Medical and sanitary report of the native army of Bengal for the year
Year: 1874
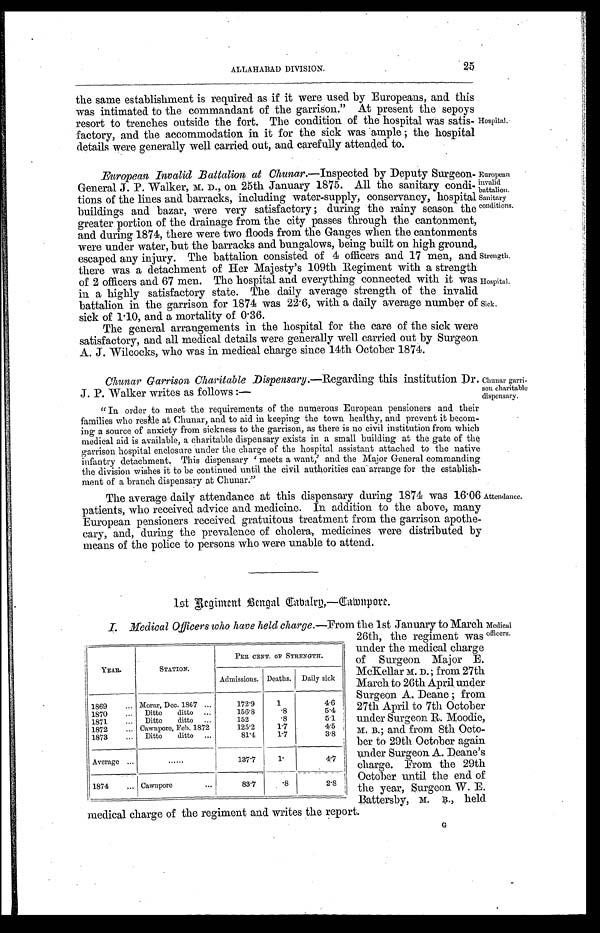
Strength.
Hospital.
Sick.
ALLAHABAD DIVISION.
25
the same establishment is required as if it were used by Europeans, and this
was intimated to the commandant of the garrison. "At present the sepoys
resort to trenches outside the fort. The condition of the hospital was satis
-
factory, and the accommodation in it for the sick was ample ; the hospital
details were generally well carried out, and carefully attended to.
Hospital.
European Invalid Battalion at Chunar.—Inspected by Deputy Surgeon
-
General J. P. Walker, M. D., on 25th January 1875. All the sanitary condi
-
tions of the lines and barracks, including water-supply, conservancy, hospital
buildings and bazar, were very satisfactory ; during the rainy season the
greater portion of the drainage from the city passes through the cantonment,
and during 1874, there were two floods from the Ganges when the cantonments
were under water, but the barracks and bungalows, being built on high ground,
escaped any injury. The battalion consisted of 4 officers and 17 men, and
there was a detachment of Her Majesty's 109th Regiment with a strength
of 2 officers and 67 men. The hospital and everything connected with it was
in a highly satisfactory state. The daily average strength of the invalid
battalion in the garrison for 1874 was 22.6, with a daily average number of
sick of 1.10, and a mortality of 0.36.
The general arrangements in the hospital for the care of the sick were
satisfactory, and all medical details were generally well carried out by Surgeon
A. J. Wilcocks, who was in medical charge since 14th October 1874.
European
invalid
battalion.
Sanitary
conditions.
Chunar Garrison Charitable Dispensary.— Regarding this institution Dr.
J. P. Walker writes as follows :—
"In order to meet the requirements of the numerous European pensioners and their
families who reside at Chunar, and to aid in keeping the town healthy, and prevent it becom
-
ing a source of anxiety from sickness to the garrison, as there is no civil institution from which
medical aid is available, a charitable dispensary exists in a small building at the gate of the
garrison hospital enclosure under the charge of' the hospital assistant attached to the native
infantry detachment. This dispensary 'meets a want,' and the Major General commanding
the division wishes it to be continued until the civil authorities can arrange for the establish
-
ment of a branch dispensary at Chunar."
The average daily attendance at this dispensary during 1874 was 16.06
patients, who received advice and medicine. In addition to the above, many
European pensioners received gratuitous treatment from the garrison apothe
-
cary, and, during the prevalence of cholera, medicines were distributed by
means of the police to persons who were unable to attend.
Chunar garri
- s o n c h a r i t a b l e
dispensary.
Attendance.
1st Regiment Bengal Cabalry—Cawnpore.
I. Medical Officers who have held charge.— From the 1st January to March
26th, the regiment was
under the medical charge
of Surgeon Major E.
McKellar M. D.; from 27th
March to 26th April, under
Surgeon A. Deane ; from
27th April to 7th October
under Surgeon R. Moodie,
M. B.; and from 8th Octo
-
ber to 29th October again
under Surgeon A. Deane's
charge. From the 29th
October until the end of
the year, Surgeon W. E.
B a t t e r s b y , M . B . , h e l d
medical charge of the regiment and writes the report.
YEAR.
STATION.
PER CENT. OF STRENGTH.
Admissions. Deaths. Daily sick
1869 . . . Morar, Dec. 1867 . . .
172.9
1
4.6
1870 . . .
Ditto ditto . . .
156.8
.8
5.4
1871 . . .
Ditto ditto
. . .
152
.8
5.1
1872 . . . Cawnpore, Feb. 1872
125.2
1.7
4.5
1873 . . .
Ditto ditto . . .
81.4
1.7
3.8
Average . . .
. . .
137.7
1 .
4 . 7
1874 . . . Cawnpore . . .
83.7
.8
2.8
Medical
officers.